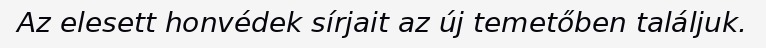
Az elesett honvédek sírjait az új temetőben találjuk.